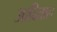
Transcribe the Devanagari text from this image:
आदिताल